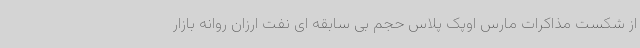
از شکست مذاکرات مارس اوپک پلاس حجم بی سابقه ای نفت ارزان روانه بازار